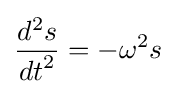
{\frac {d^{2}s}{{dt}^{2}}}=-\omega ^{2}s